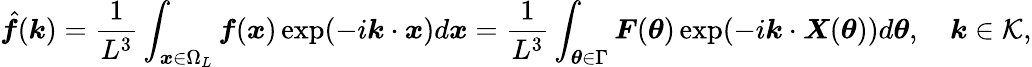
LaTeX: \hat{\boldsymbol f}(\boldsymbol k)=\frac{1}{L^{3}}\int_{\boldsymbol x\in\Omega_{L}}\boldsymbol f(\boldsymbol x)\exp(-i\boldsymbol k\cdot\boldsymbol x)d\boldsymbol x=\frac{1}{L^{3}}\int_{\boldsymbol\theta\in\Gamma}\boldsymbol F(\boldsymbol\theta)\exp(-i\boldsymbol k\cdot\boldsymbol X(\boldsymbol\theta))d\boldsymbol\theta,\quad\boldsymbol k\in\mathcal{K},